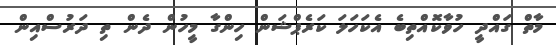
މާތް ގައްދީ ހުވާކޮއްތިބެ އެކަހަލަ ކަރެޕްޝަން ހިންގާ މީހުން ދެން ތި ދަރުސްއިން